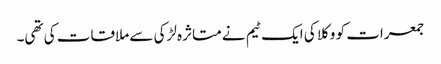
جمعرات کو وکلا کی ایک ٹیم نے متاثرہ لڑکی سے ملاقات کی تھی۔